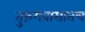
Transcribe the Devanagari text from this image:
तुरुंगवासातच